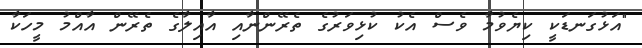
"އަޅުގަނޑަކީ ކިޔެވުމާ ވެސް އެކު ކުޅިވަރުގެ ތެރޭންނާއި އާއިލާގެ ތެރޭން އާއްމު މީހަކާ